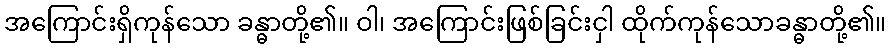
အကြောင်းရှိကုန်သော ခန္ဓာတို့၏။ ဝါ၊ အကြောင်းဖြစ်ခြင်းငှါ ထိုက်ကုန်သောခန္ဓာတို့၏။